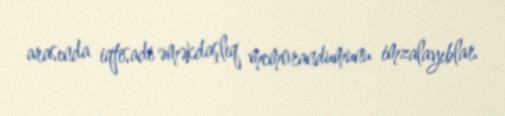
arasında iqtisadi əməkdaşlıq memorandumunu imzalayıblar.